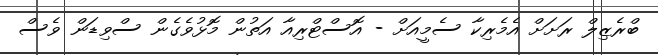
ބްރެޒިލް ރަށަށް އެމެރިކާ ސެމީއަށް - އޮސްޓްރިއާ އަތުން މޮޅުވެގެން ސްވިޑަން ވެސް